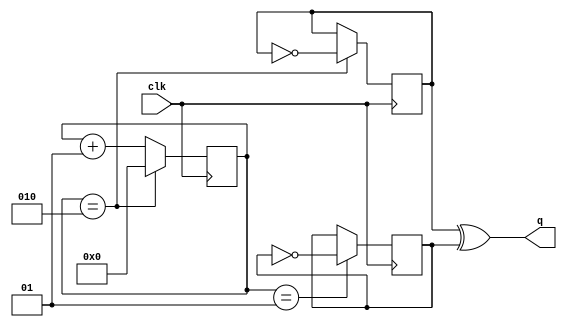
module div_of_odd(
input clk,
output q
);
parameter n = 3;
integer count = 0;

always@(posedge clk)
	if(count == n-1)
		count<=0;
	else
		count<=count+1;
		
reg clk_x=0,clk_y=0;

always@(posedge clk)
	if(count==n-1)
		clk_x<=~clk_x;
always@(negedge clk)
	if(count == (n-1)/2)
		clk_y<=~clk_y;
	
assign q = clk_x ^ clk_y ;


endmodule